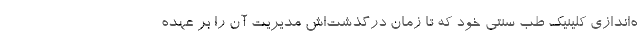
ه‌اندازی کلینیک طب سنتی خود که تا زمان درگذشت‌اش مدیریت آن را بر عهده